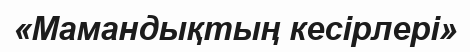
«Мамандықтың кесірлері»